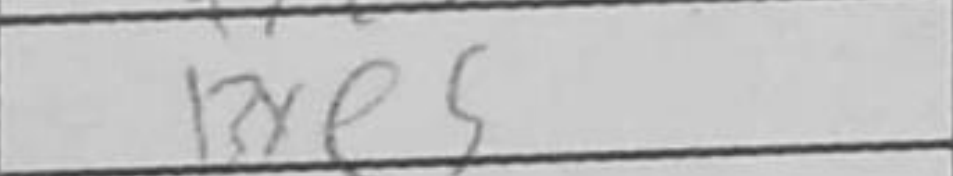
Transcription: Bxe5